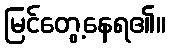
မြင်တွေ့နေရ၏။